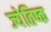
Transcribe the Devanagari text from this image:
ज्येतिष्क